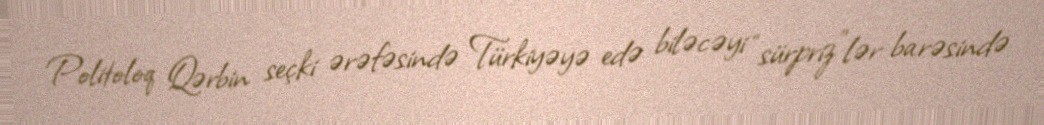
Politoloq Qərbin seçki ərəfəsində Türkiyəyə edə biləcəyi “sürpriz”lər barəsində